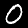
Label: 0